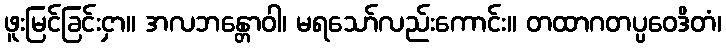
ဖူးမြင်ခြင်းငှာ။ အလဘန္တောဝါ၊ မရသော်လည်းကောင်း။ တထာဂတပ္ပဝေဒိတံ၊